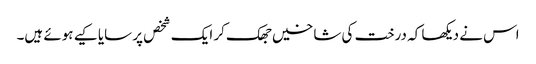
اس نے دیکھا کہ درخت کی شاخیں جھک کر ایک شخص پر سایا کیے ہوئے ہیں۔